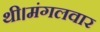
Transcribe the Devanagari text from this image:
थी।मंगलवार